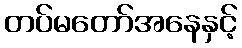
တပ်မတော်အနေနှင့်